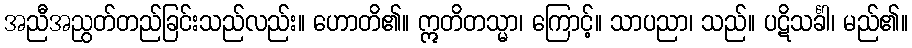
အညီအညွတ်တည်ခြင်းသည်လည်း။ ဟောတိ၏။ ဣတိတသ္မာ၊ ကြောင့်။ သာပညာ၊ သည်။ ပဋိသင်္ခါ၊ မည်၏။